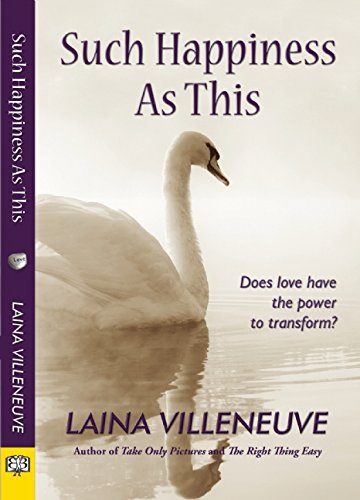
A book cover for Such Happiness as This; Laina Villeneuve; Romance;